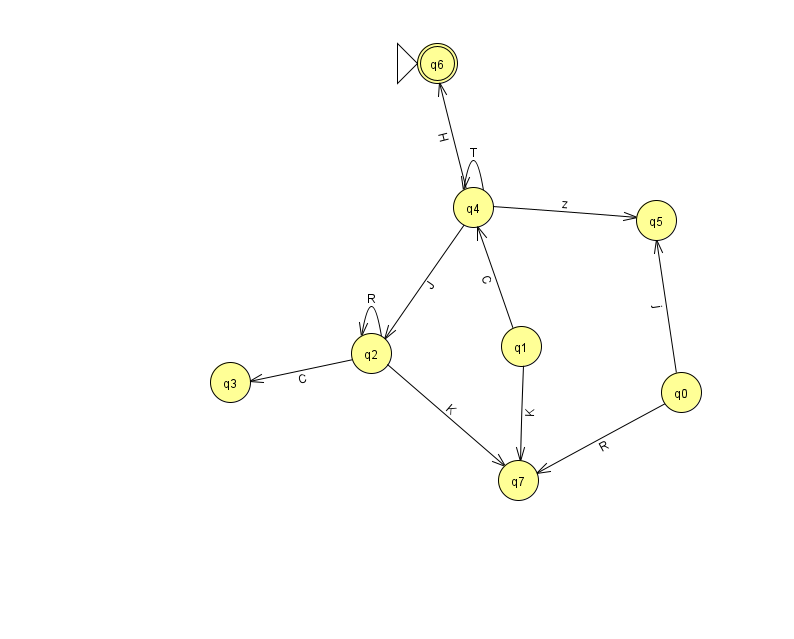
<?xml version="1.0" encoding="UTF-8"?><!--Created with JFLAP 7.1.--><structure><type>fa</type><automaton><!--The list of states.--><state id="0" name="q0"><x>681.0</x><y>379.0</y></state><state id="1" name="q1"><x>521.0</x><y>333.0</y></state><state id="2" name="q2"><x>371.0</x><y>340.0</y></state><state id="3" name="q3"><x>230.0</x><y>369.0</y></state><state id="4" name="q4"><x>473.0</x><y>194.0</y></state><state id="5" name="q5"><x>656.0</x><y>207.0</y></state><state id="6" name="q6"><x>437.0</x><y>50.0</y><initial/><final/></state><state id="7" name="q7"><x>518.0</x><y>467.0</y></state><!--The list of transitions.--><transition><from>2</from><to>3</to><read>C</read></transition><transition><from>2</from><to>2</to><read>R</read></transition><transition><from>4</from><to>2</to><read>J</read></transition><transition><from>4</from><to>4</to><read>T</read></transition><transition><from>1</from><to>4</to><read>C</read></transition><transition><from>2</from><to>7</to><read>K</read></transition><transition><from>4</from><to>5</to><read>z</read></transition><transition><from>0</from><to>5</to><read>j</read></transition><transition><from>0</from><to>7</to><read>R</read></transition><transition><from>1</from><to>7</to><read>K</read></transition><transition><from>4</from><to>6</to><read>H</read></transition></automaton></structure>